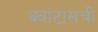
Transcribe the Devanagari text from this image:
क्वांटासची